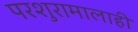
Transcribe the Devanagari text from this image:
परशुरामालाही